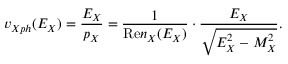
v _ { X p h } ( E _ { X } ) = \frac { E _ { X } } { p _ { X } } = \frac { 1 } { \mathrm { R e } n _ { X } ( E _ { X } ) } \cdot \frac { E _ { X } } { \sqrt { E _ { X } ^ { 2 } - M _ { X } ^ { 2 } } } .